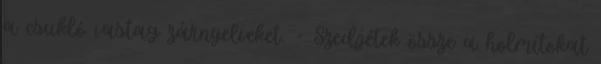
a csukló vastag zárnyelveket. - Szedjétek össze a holmitokat